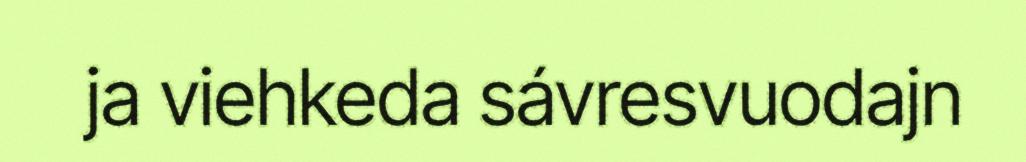
ja viehkeda sávresvuodajn